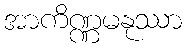
အာကိဏ္ဏမနုဿာ